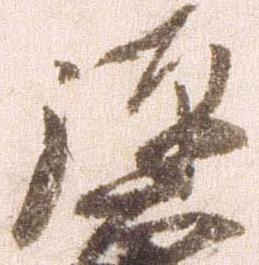
弾